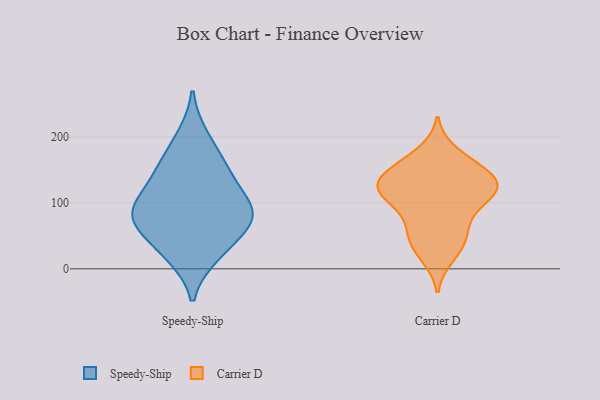
{"axis": {"x": "Gross Profit (USD K)", "y": "Value"}, "legend": ["Carrier D", "Speedy-Ship"], "data": [{"x": "", "y": 64, "type": "Speedy-Ship"}, {"x": "", "y": 200, "type": "Speedy-Ship"}, {"x": "", "y": 27, "type": "Speedy-Ship"}, {"x": "", "y": 21, "type": "Speedy-Ship"}, {"x": "", "y": 88, "type": "Speedy-Ship"}, {"x": "", "y": 100, "type": "Speedy-Ship"}, {"x": "", "y": 71, "type": "Speedy-Ship"}, {"x": "", "y": 153, "type": "Speedy-Ship"}, {"x": "", "y": 130, "type": "Speedy-Ship"}, {"x": "", "y": 157, "type": "Speedy-Ship"}, {"x": "", "y": 90, "type": "Speedy-Ship"}, {"x": "", "y": 76, "type": "Speedy-Ship"}, {"x": "", "y": 98, "type": "Carrier D"}, {"x": "", "y": 131, "type": "Carrier D"}, {"x": "", "y": 83, "type": "Carrier D"}, {"x": "", "y": 53, "type": "Carrier D"}, {"x": "", "y": 112, "type": "Carrier D"}, {"x": "", "y": 142, "type": "Carrier D"}, {"x": "", "y": 109, "type": "Carrier D"}, {"x": "", "y": 127, "type": "Carrier D"}, {"x": "", "y": 123, "type": "Carrier D"}, {"x": "", "y": 162, "type": "Carrier D"}, {"x": "", "y": 19, "type": "Carrier D"}, {"x": "", "y": 28, "type": "Carrier D"}, {"x": "", "y": 126, "type": "Carrier D"}, {"x": "", "y": 121, "type": "Carrier D"}, {"x": "", "y": 59, "type": "Carrier D"}, {"x": "", "y": 138, "type": "Carrier D"}, {"x": "", "y": 159, "type": "Carrier D"}, {"x": "", "y": 176, "type": "Carrier D"}, {"x": "", "y": 48, "type": "Carrier D"}]}